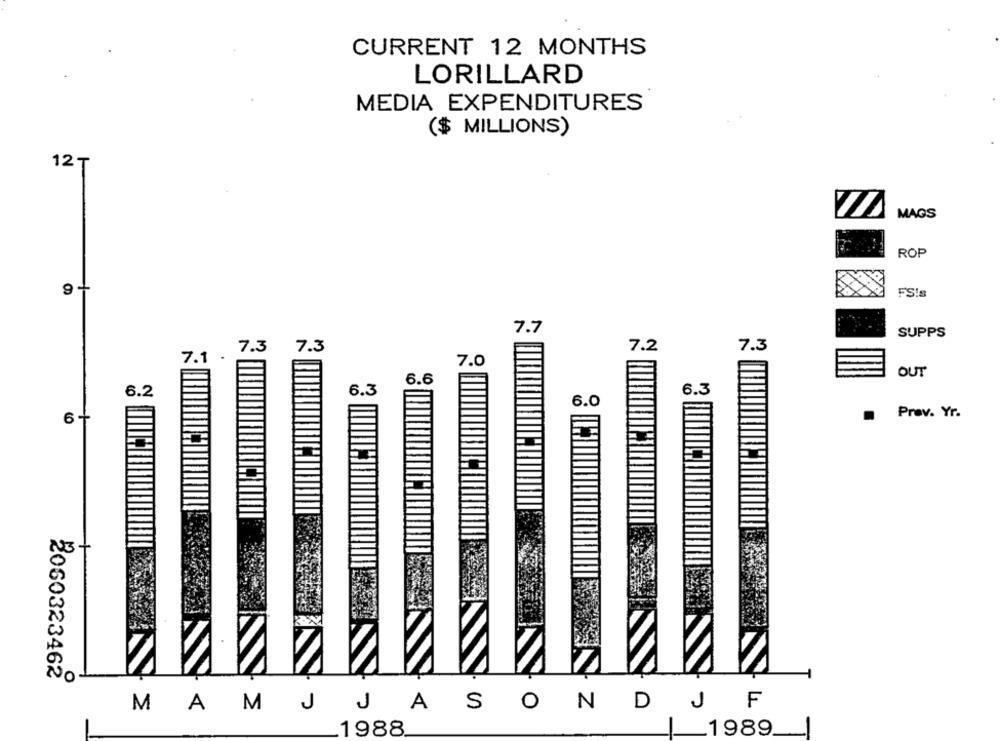
CURRENT 12 MONTHS
LORILLARD
MEDIA EXPENDITURES
($ MILLIONS)
12₸
MAGS
ROP
FS!s
7.7
SUPPS
7.3
7.3
7.2
7.3
7.1 .
7.0
OUT
6.6
6.2
6.3
6.3
6.0
Prev. Yr.
6+
NO
NO
2060323462
M
S
O
N
D
F
MA
J
J
A
J
1988
1989